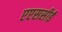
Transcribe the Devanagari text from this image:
एएससीई